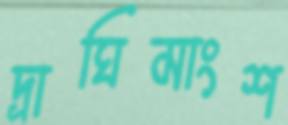
দ্রাঘিমাংশ